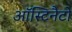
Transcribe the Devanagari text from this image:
ऑस्टिनैटो